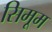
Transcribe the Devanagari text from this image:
सिमूम